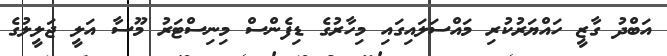
އަބްދު ގާޒީ ހައްޔަރުކުރި މައްސަލައިގައި މިހާރުގެ ޑިފެންސް މިނިސްޓަރު މޫސާ އަލީ ޖަލީލުގެ